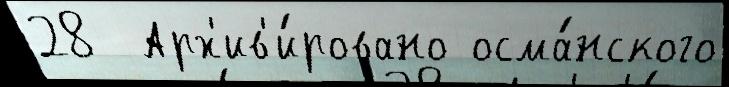
28  Арх'ив'и́ровано осма́нского